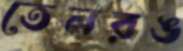
তেলরঙ